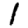
Digit: 1